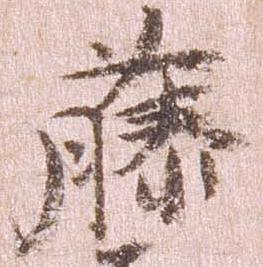
藤